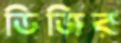
ডিজির